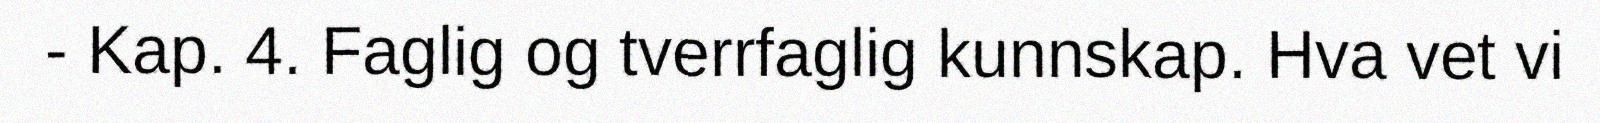
- Kap. 4. Faglig og tverrfaglig kunnskap. Hva vet vi